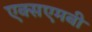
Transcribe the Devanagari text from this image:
एक्सएमबी